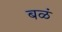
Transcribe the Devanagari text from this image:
बळं